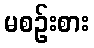
မစဉ်းစား